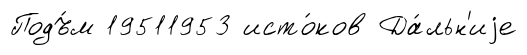
Подъ́м 19511953 исто́ков Да́льн'иjе